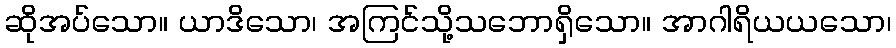
ဆိုအပ်သော။ ယာဒိသော၊ အကြင်သို့သဘောရှိသော။ အာဂါရိယယသော၊